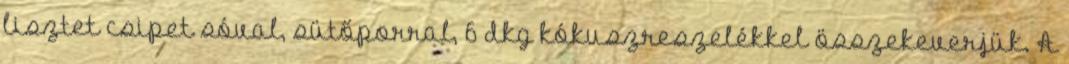
lisztet csipet sóval, sütőporral, 6 dkg kókuszreszelékkel összekeverjük. A